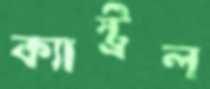
ক্যাস্ট্রল